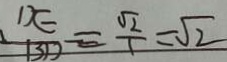
\frac { D E } { B D } = \frac { \sqrt { 2 } } { 1 } = \sqrt { 2 }